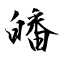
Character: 皤